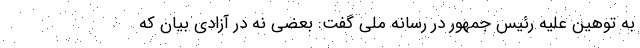
به توهین علیه رئیس جمهور در رسانه ملی گفت: بعضی نه در آزادی بیان که